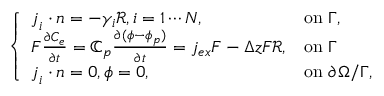
\left\{ \begin{array} { l l } { \boldsymbol { j } _ { i } \cdot \boldsymbol { n } = - \gamma _ { i } \mathcal { R } , i = 1 \cdots N , } & { \mathrm { o n ~ } \Gamma , } \\ { F \frac { \partial C _ { e } } { \partial t } = \mathbb { C } _ { p } \frac { \partial ( \phi - \phi _ { p } ) } { \partial t } = j _ { e x } F - \Delta z F \mathcal { R } , } & { \mathrm { o n ~ } \Gamma } \\ { \boldsymbol { j } _ { i } \cdot \boldsymbol { n } = 0 , \phi = 0 , } & { \mathrm { o n ~ } \partial \Omega / \Gamma , } \end{array} \right.